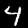
Digit: 4